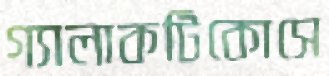
গ্যালাকটিকোসে